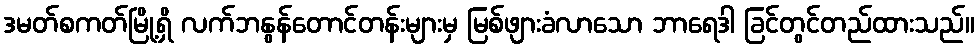
ဒမတ်စကတ်မြို့ရှိ လက်ဘနွန်တောင်တန်းများမှ မြစ်ဖျားခံလာသော ဘာရေဒါ ခြင်တွင်တည်ထားသည်။